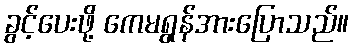
ခွင့်ပေးဖို့ ကေမရွန်အားပြောသည်။